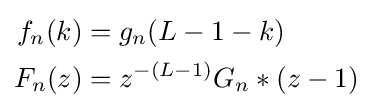
{\begin{aligned}f_{n}(k)&=g_{n}(L-1-k)\\F_{n}(z)&=z^{-(L-1)}G_{n}*(z-1)\end{aligned}}